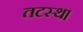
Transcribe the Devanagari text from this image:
तटस्थ।